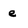
Character: e